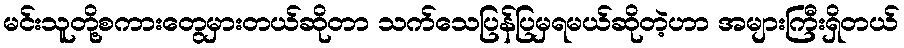
မင်းသူတို့စကားတွေမှားတယ်ဆိုတာ သက်သေပြန်ပြမှရမယ်ဆိုတဲ့ဟာ အများကြီးရှိတယ်